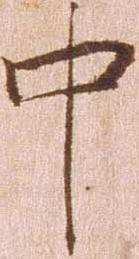
中